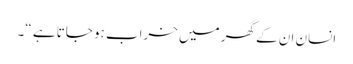
انسان ان کے گھر میں خراب ہو جاتا ہے “۔